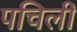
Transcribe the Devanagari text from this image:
पचिली